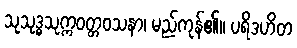
သုသုဒ္ဓသုက္ကဝတ္တဝသနာ၊ မည်ကုန်၏။ ပရိဒဟိတ